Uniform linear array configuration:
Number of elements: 8
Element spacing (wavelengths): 1
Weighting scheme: hann
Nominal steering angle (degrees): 15
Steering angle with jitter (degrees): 14.124
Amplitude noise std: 0.05
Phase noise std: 0.05

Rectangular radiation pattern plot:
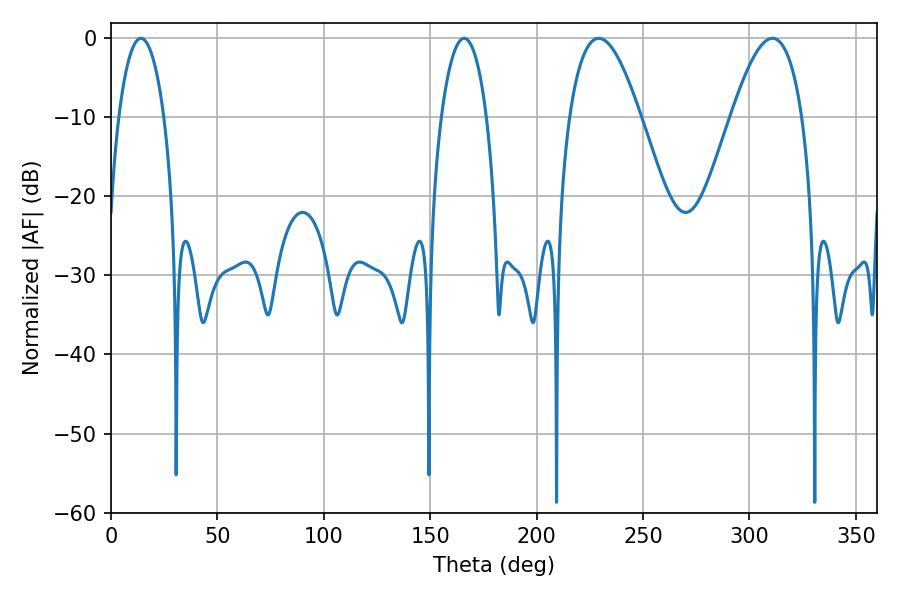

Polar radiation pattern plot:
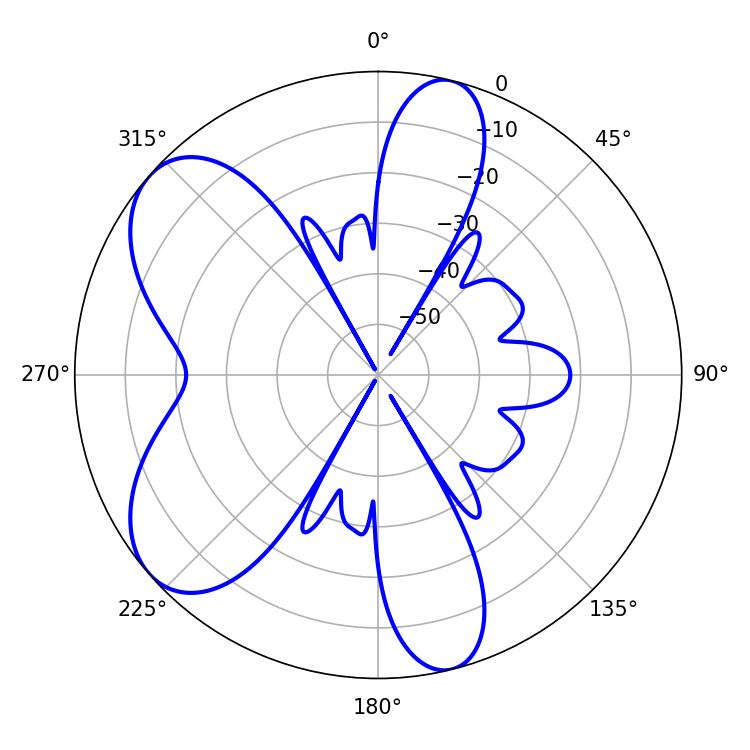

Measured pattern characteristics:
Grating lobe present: TRUE
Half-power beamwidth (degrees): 12.06
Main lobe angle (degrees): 14.04